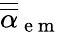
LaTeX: \overline{{\overline{{\mathbf{\alpha}}}}}_{\mathrm{~e~m~}}